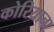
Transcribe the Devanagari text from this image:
कोरियाना